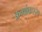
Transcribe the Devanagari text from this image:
क्रमांक२२०